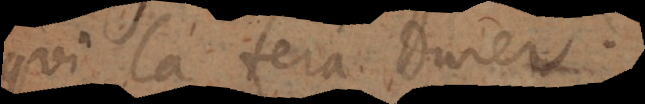
qui la fera durer.